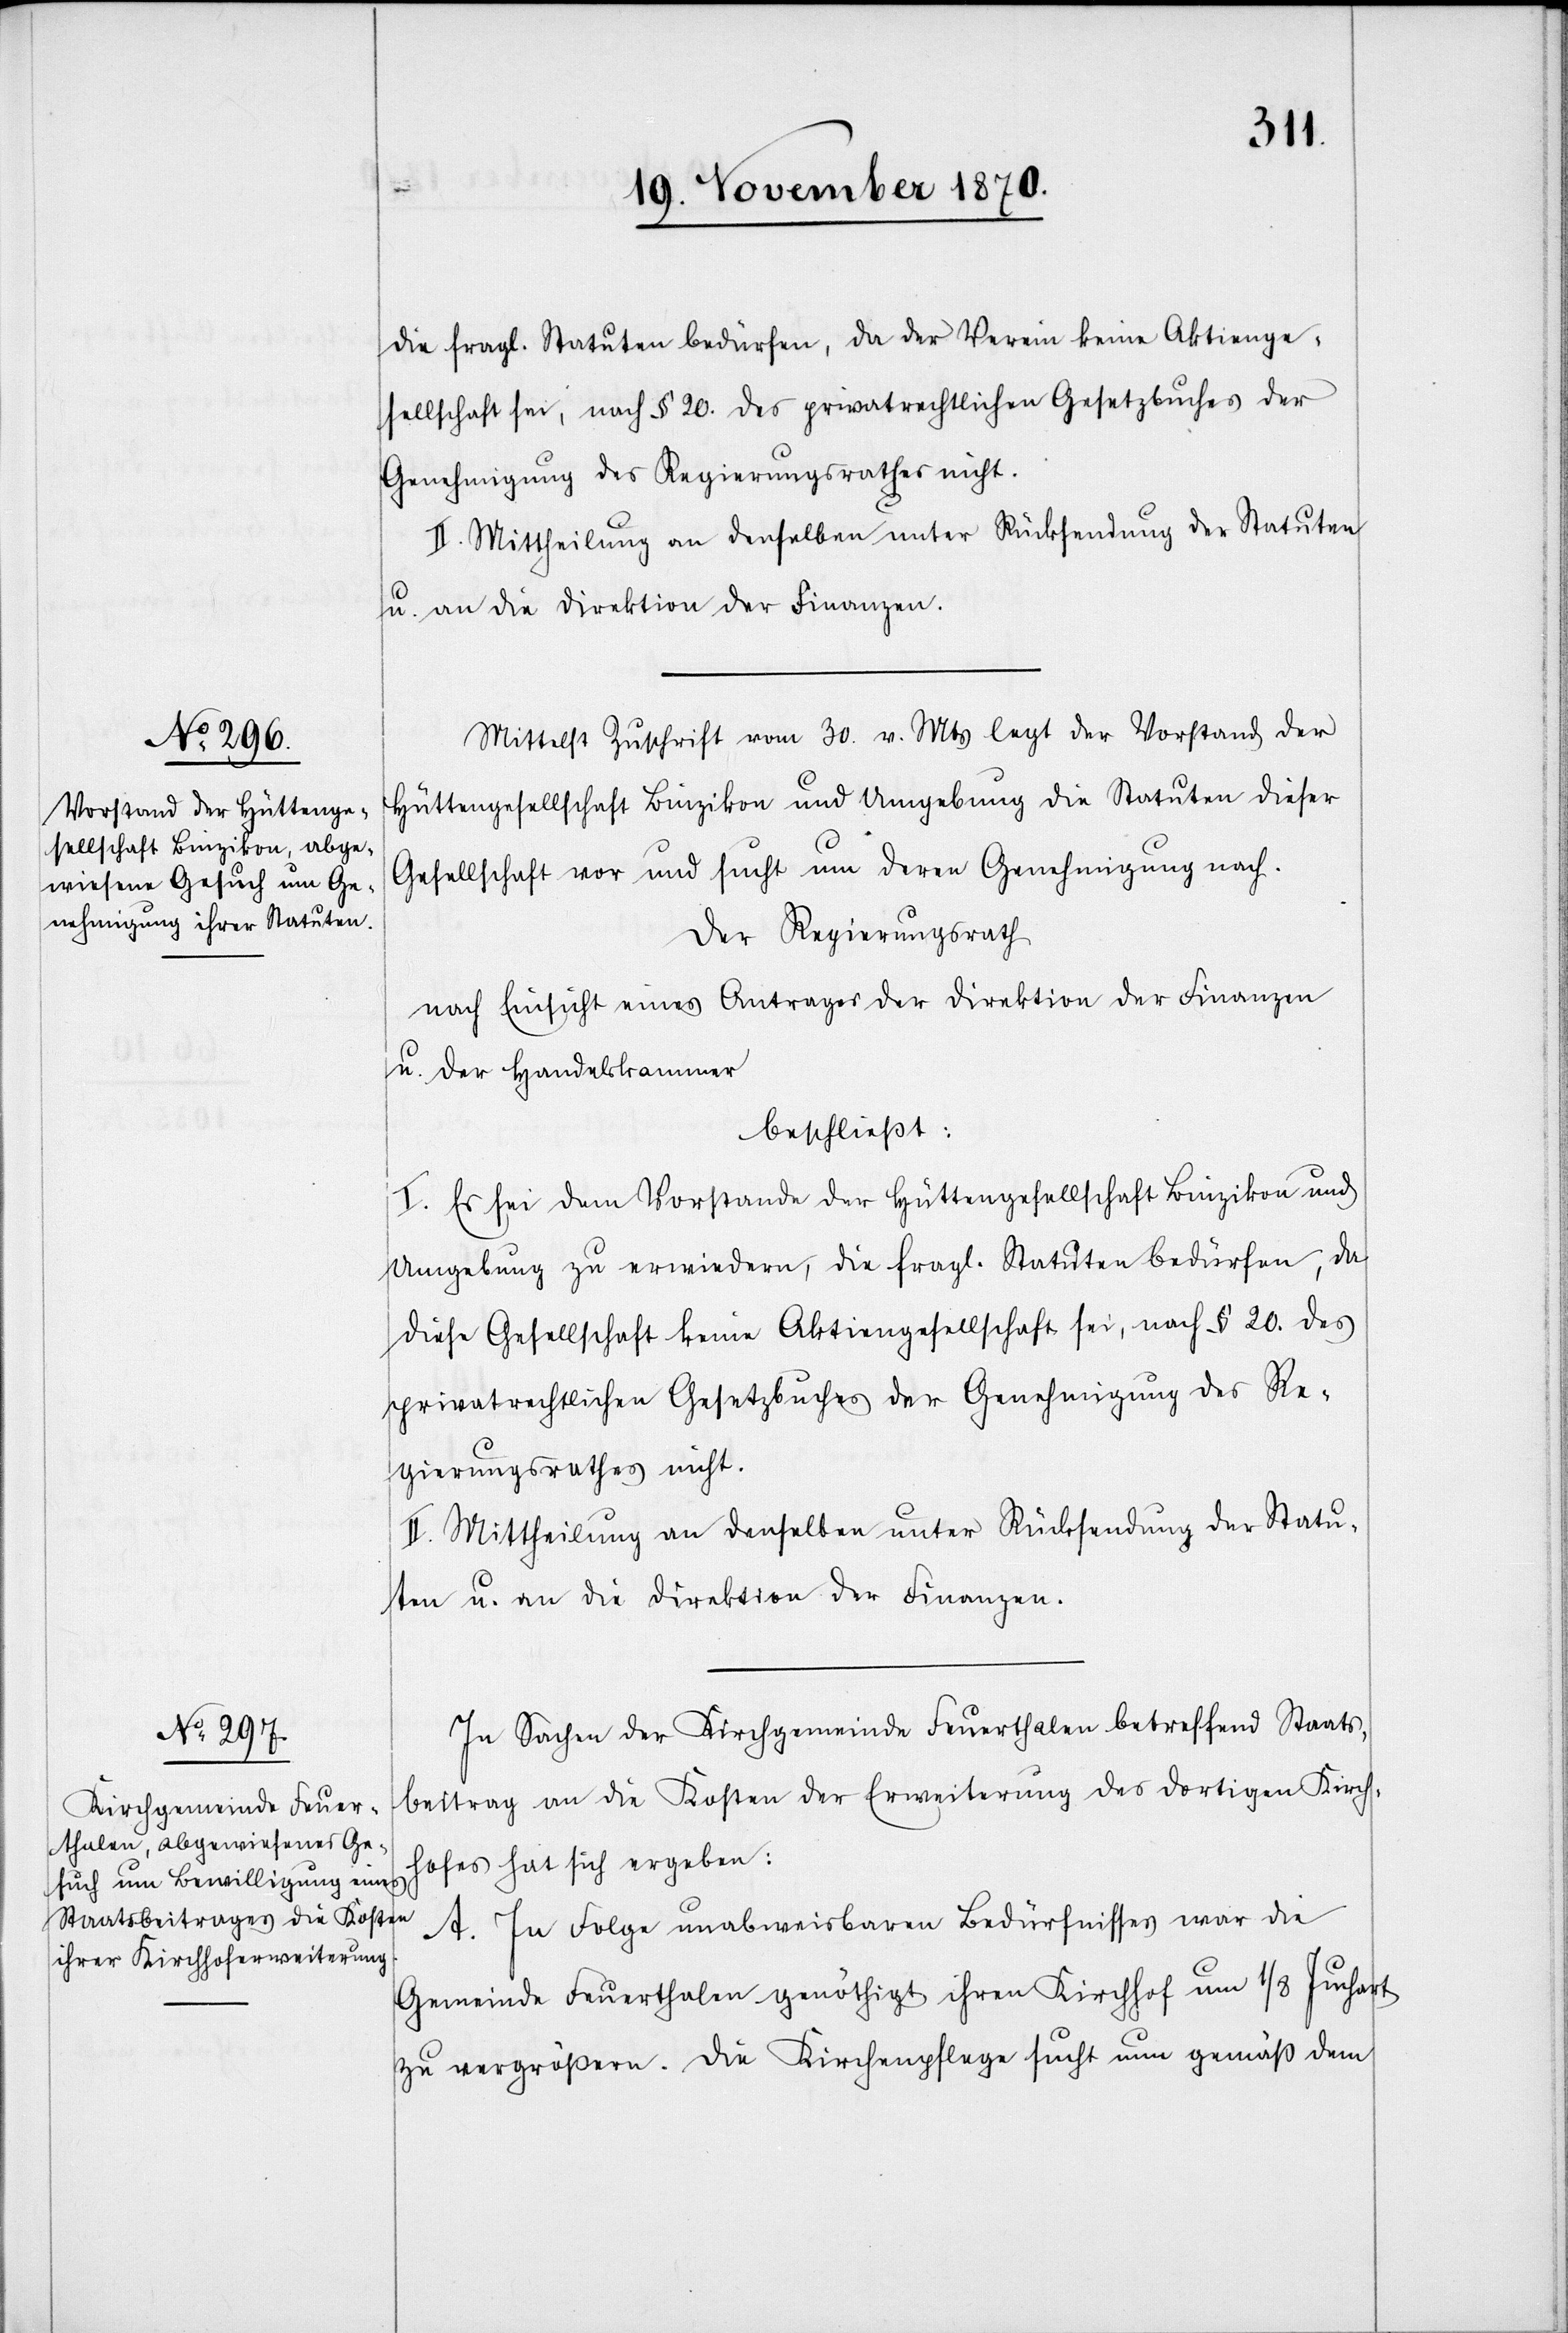
die fragl. Statuten bedürfen, da der Verein keine Aktienge¬
sellschaft sei, nach § 20. des privatrechtlichen Gesetzbuches der
Genehmigung des Regierungsrathes nicht.
II. Mittheilung an denselben unter Rücksendung der Statuten
u. an die Direktion der Finanzen.
Mittelst Zuschrift vom 30. v. Mts legt der Vorstand der
Hüttengesellschaft Binzikon und Umgebung die Statuten dieser
Gesellschaft vor und sucht um deren Genehmigung nach.
Der Regierungsrath
nach Einsicht eines Antrages der Direktion der Finanzen
u. der Handelskammer
beschließt:
I. Es sei dem Vorstande der Hüttengesellschaft Binzikon und
Umgebung zu erwiedern, die fragl. Statuten bedürfen, da
diese Gesellschaft keine Aktiengesellschaft sei, nach § 20. des
privatrechtlichen Gesetzbuches der Genehmigung des Re¬
gierungsrathes nicht.
In Sachen der Kirchgemeinde Feuerthalen betreffend Staats¬
beitrag an die Kosten der Erweiterung des dortigen Kirch¬
hofes hat sich ergeben:
A. In Folge unabweisbaren Bedürfnisses war die
Juchart
Gemeinde Feuerthalen genöthigt, ihren Kirchhof um 1/8
zu vergrößern. Die Kirchenpflege sucht nun gemäß dem